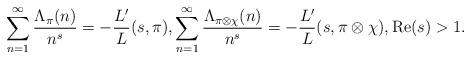
LaTeX: \begin{align*}\sum_{n=1}^{\infty}\frac{\Lambda_{\pi}(n)}{n^s}=-\frac{L'}{L}(s,\pi),\sum_{n=1}^{\infty}\frac{\Lambda_{\pi\otimes\chi}(n)}{n^s}=-\frac{L'}{L}(s,\pi\otimes\chi),\mathrm{Re}(s)>1.\end{align*}